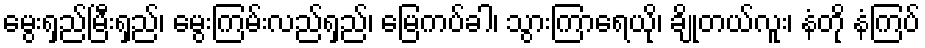
မွေးရှည်မြီးရှည်၊ မွေးကြမ်းလည်ရှည်၊ မြေကပ်ခါ၊ သွားကြာရေယို၊ ချိုတယ်လူး၊ နံတို နံကြပ်